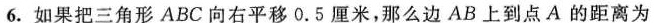
6.如果把三角形ABC向右平移0.5厘米，那么边AB上到点A的距离为